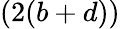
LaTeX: (2(b+d))